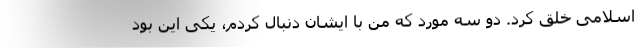
اسلامی خلق کرد. دو سه مورد که من با ایشان دنبال کردم، یکی این بود